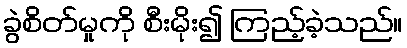
ခွဲစိတ်မှုကို စီးမိုး၍ ကြည့်ခဲ့သည်။